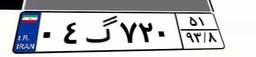
۰۴گ۷۲۰۵۱